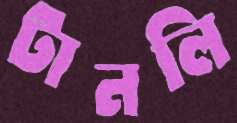
টানলি